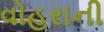
વોહરાની